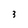
Character: 3